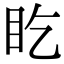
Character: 盵